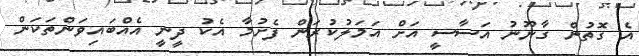
އެ ގޮތުން ގާނޫނު އަސާސީ އަށް އަމަލުކުރަން ފެށުމާ އެކު ދީނީ އެއްބައިވަންތަކަން